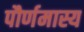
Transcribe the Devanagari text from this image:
पौर्णमास्य